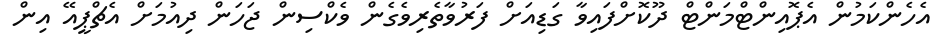
އެހެންކަމުން އެޕޮއިންޓްމަންޓް ދޫކޮށްފައިވާ ގަޑިއަށް ފަރުވާތެރިވެގެން ވެކްސިން ޖަހަން ދިއުމަށް އެޗްޕީއޭ އިން